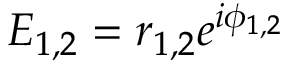
E _ { 1 , 2 } = r _ { 1 , 2 } e ^ { i \phi _ { 1 , 2 } }